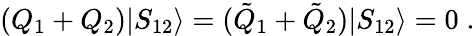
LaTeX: (Q_{1}+Q_{2})|S_{12}\rangle=(\tilde{Q}_{1}+\tilde{Q}_{2})|S_{12}\rangle=0\; .